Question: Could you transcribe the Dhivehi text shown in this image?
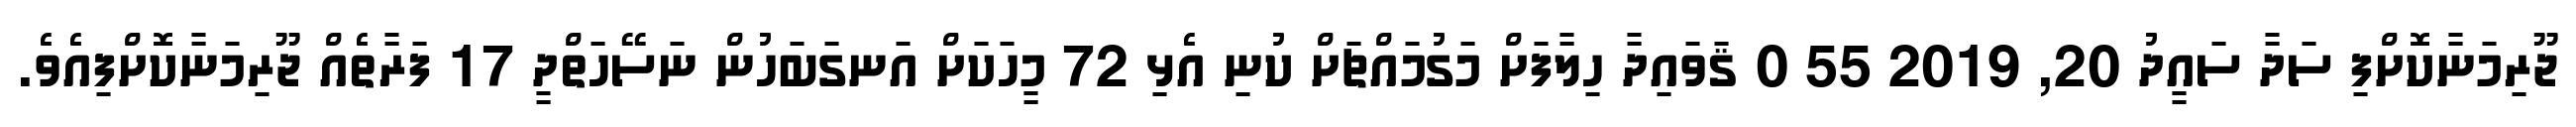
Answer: ޖޫރިމަނާކޮށްފި ސަދާ ސައީދު 20, 2019 55 0 ޤަވައިދާ ހިލާފަށް މަގުމައްޗަށް ކުނި އެޅި 72 މީހަކަށް އަނގަބަހުން ނަސޭހަތްދީ 17 ފަރާތެއް ޖޫރިމަނާކޮށްފިއެވެ.